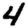
Digit: 4